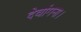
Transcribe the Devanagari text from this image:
देवांगना।